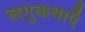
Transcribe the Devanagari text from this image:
लगुकथाएँ